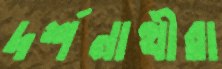
দর্শনাথীরা